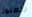
للعبور